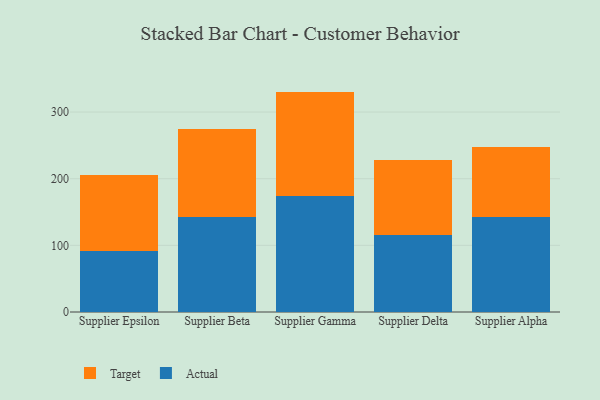
{"axis": {"x": "Supplier", "y": "Website Visitors"}, "legend": ["Actual", "Target"], "data": [{"x": "Supplier Epsilon", "y": 91.2, "type": "Actual"}, {"x": "Supplier Epsilon", "y": 114.5, "type": "Target"}, {"x": "Supplier Beta", "y": 142.0, "type": "Actual"}, {"x": "Supplier Beta", "y": 133.1, "type": "Target"}, {"x": "Supplier Gamma", "y": 174.1, "type": "Actual"}, {"x": "Supplier Gamma", "y": 156.6, "type": "Target"}, {"x": "Supplier Delta", "y": 115.4, "type": "Actual"}, {"x": "Supplier Delta", "y": 113.0, "type": "Target"}, {"x": "Supplier Alpha", "y": 142.6, "type": "Actual"}, {"x": "Supplier Alpha", "y": 104.6, "type": "Target"}]}